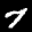
Label: 7